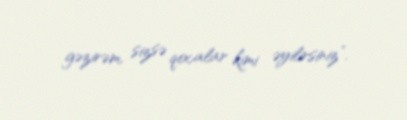
gəzirəm, sizsə qocalar kimi əyilirsiniz”.